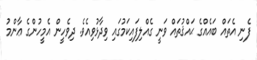
ފެނި އެތައް ބައެއްގެ ޙައްޤުތައް ވަނީ ގެއްލިފައިކަމުގައި ވިދާޅުވިއެވެ. ދިވެހީން އެމީހުންގެ ޢާންމު